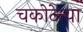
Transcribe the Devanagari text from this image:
चकोटेत्या